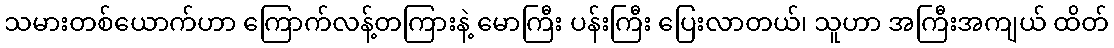
သမားတစ်ယောက်ဟာ ကြောက်လန့်တကြားနဲ့ မောကြီး ပန်းကြီး ပြေးလာတယ်၊ သူဟာ အကြီးအကျယ် ထိတ်